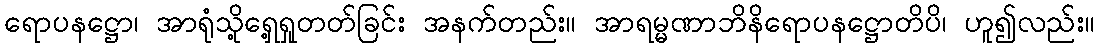
ရောပနဋ္ဌော၊ အာရုံသို့ရှေ့ရှုတတ်ခြင်း အနက်တည်း။ အာရမ္မဏာဘိနိရောပနဋ္ဌောတိပိ၊ ဟူ၍လည်း။